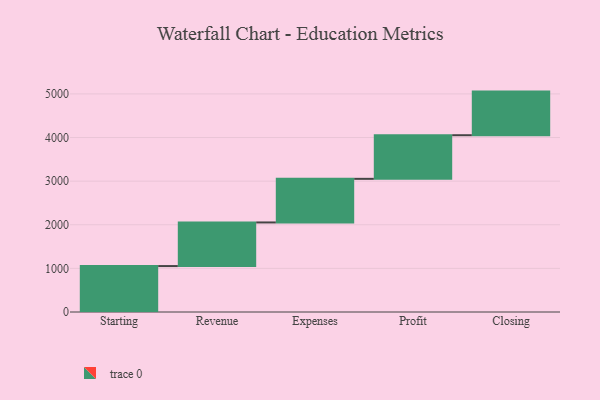
{"axis": {"x": "Step", "y": "Value"}, "legend": [""], "data": [{"x": "Starting", "y": 1053.0, "type": ""}, {"x": "Revenue", "y": 1000, "type": ""}, {"x": "Expenses", "y": 1000, "type": ""}, {"x": "Profit", "y": 1000, "type": ""}, {"x": "Closing", "y": 1000, "type": ""}]}